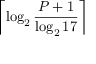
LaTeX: \left\lceil \log _ { 2 } { \frac { P + 1 } { \log _ { 2 } 1 7 } } \right\rceil